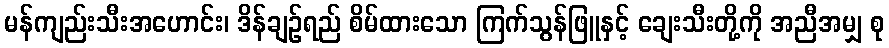
မန်ကျည်းသီးအဟောင်း၊ ဒိန်ချဉ်ရည် စိမ်ထားသော ကြက်သွန်ဖြူနှင့် ချေးသီးတို့ကို အညီအမျှ စု